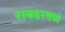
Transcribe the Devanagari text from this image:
रायडरमध्ये